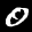
Label: 0